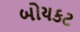
બોયકટ